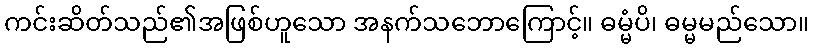
ကင်းဆိတ်သည်၏အဖြစ်ဟူသော အနက်သဘောကြောင့်။ ဓမ္မံပိ၊ ဓမ္မမည်သော။